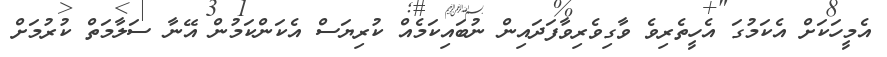
އެމީހަކަށް އެކަމުގަ އެހީތެރިވެ ވާގިވެރިވާފަދައިން ނުބައިކަމެއް ކުރިޔަސް އެކަންކަމުން އޭނާ ސަލާމަތް ކުރުމަށް